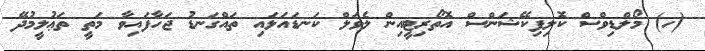
(ހ) މޯލްޑިވްސް ކޮލިފިކޭޝަންސް އޮތޯރިޓީއިން ލެވަލް ކަނޑައަޅައި ތައްގަނޑު ޖަހާފައިވާ މަތީ ތަޢުލީމުދޭ